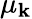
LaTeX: \mu_{\mathbf{k}}